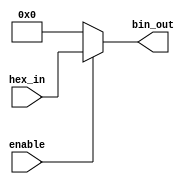
module hex_to_bin_encoder (
    input wire [3:0] hex_in,   // 4-bit hexadecimal input
    input wire enable,         // Enable signal
    output reg [3:0] bin_out   // 4-bit binary output
);

// Always block for combinational logic
always @(*) begin
    if (!enable) begin
        // If enable is low, set output to zero
        bin_out = 4'b0000;
    end else begin
        // Map hex input directly to binary output
        bin_out = hex_in; // Direct mapping since hex_in is already 4 bits
    end
end

endmodule